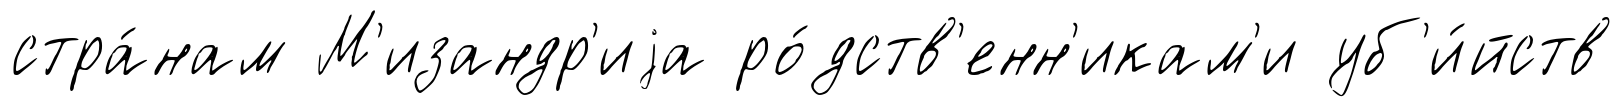
стра́нам М'изандр'иjа ро́дств'енн'икам'и уб'и́йств